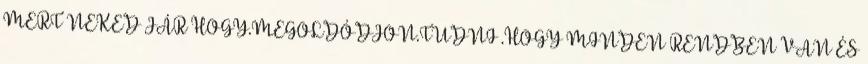
MERT NEKED JÁR HOGY.MEGOLDÓDJON.TUDNI .HOGY MINDEN RENDBEN VAN ÉS